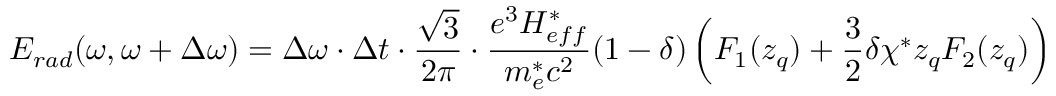
E _ { r a d } ( \omega , \omega + \Delta \omega ) = \Delta \omega \cdot \Delta t \cdot \frac { \sqrt { 3 } } { 2 \pi } \cdot \frac { e ^ { 3 } H _ { e f f } ^ { * } } { m _ { e } ^ { * } c ^ { 2 } } ( 1 - \delta ) \left( F _ { 1 } ( z _ { q } ) + \frac { 3 } { 2 } \delta \chi ^ { * } z _ { q } F _ { 2 } ( z _ { q } ) \right)